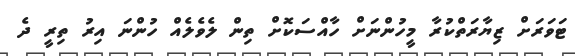
ޓަވަރަށް ޒިޔާރަތްކުރާ މީހުންނަށް ހާއްސަކޮށް ތިން ލެވެލެއް ހުންނަ އިރު ތިރީ ދެ